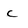
Character: c